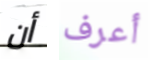
أن أعرف